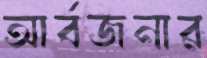
আর্বজনার